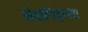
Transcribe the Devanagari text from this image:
सेवानिवृत्‍त।